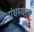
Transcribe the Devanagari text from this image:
ग्रंथस्वरूप